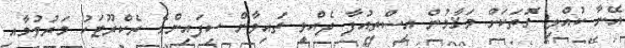
އޭނާ ކުއްލި ގޮތަކަށް މަޤާމުން އިސްތިއުފާ ދެއްވީ ތައިވާން ސިފައިންގެ ރެކްރޫޓަކު މަރުވުމާއި